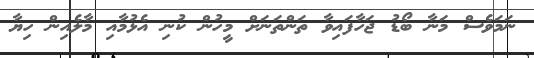
ނަމަވެސް މަނާ ބޯޑު ޖަހާފައިވާ ތަންތަނަށް މީހުން ކުނި އެޅުމާއި މާލެއިން ހިޔާ